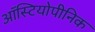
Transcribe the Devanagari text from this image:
ऑस्टियोपीनिक